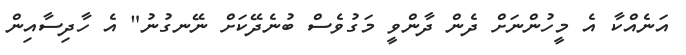
އަނެއްކާ އެ މީހުންނަށް ދެން ދާންވީ މަގުވެސް ބުނެދޭކަށް ނޭނގުނު" އެ ހާދިސާއިން